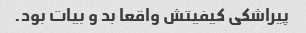
پیراشکی کیفیتش واقعا بد و بیات بود.